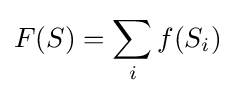
F(S)=\sum _{i}f(S_{i})